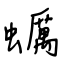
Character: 蠣